Eesti_Ajutise_Maavalitsuse_haridusosakond, lk 57
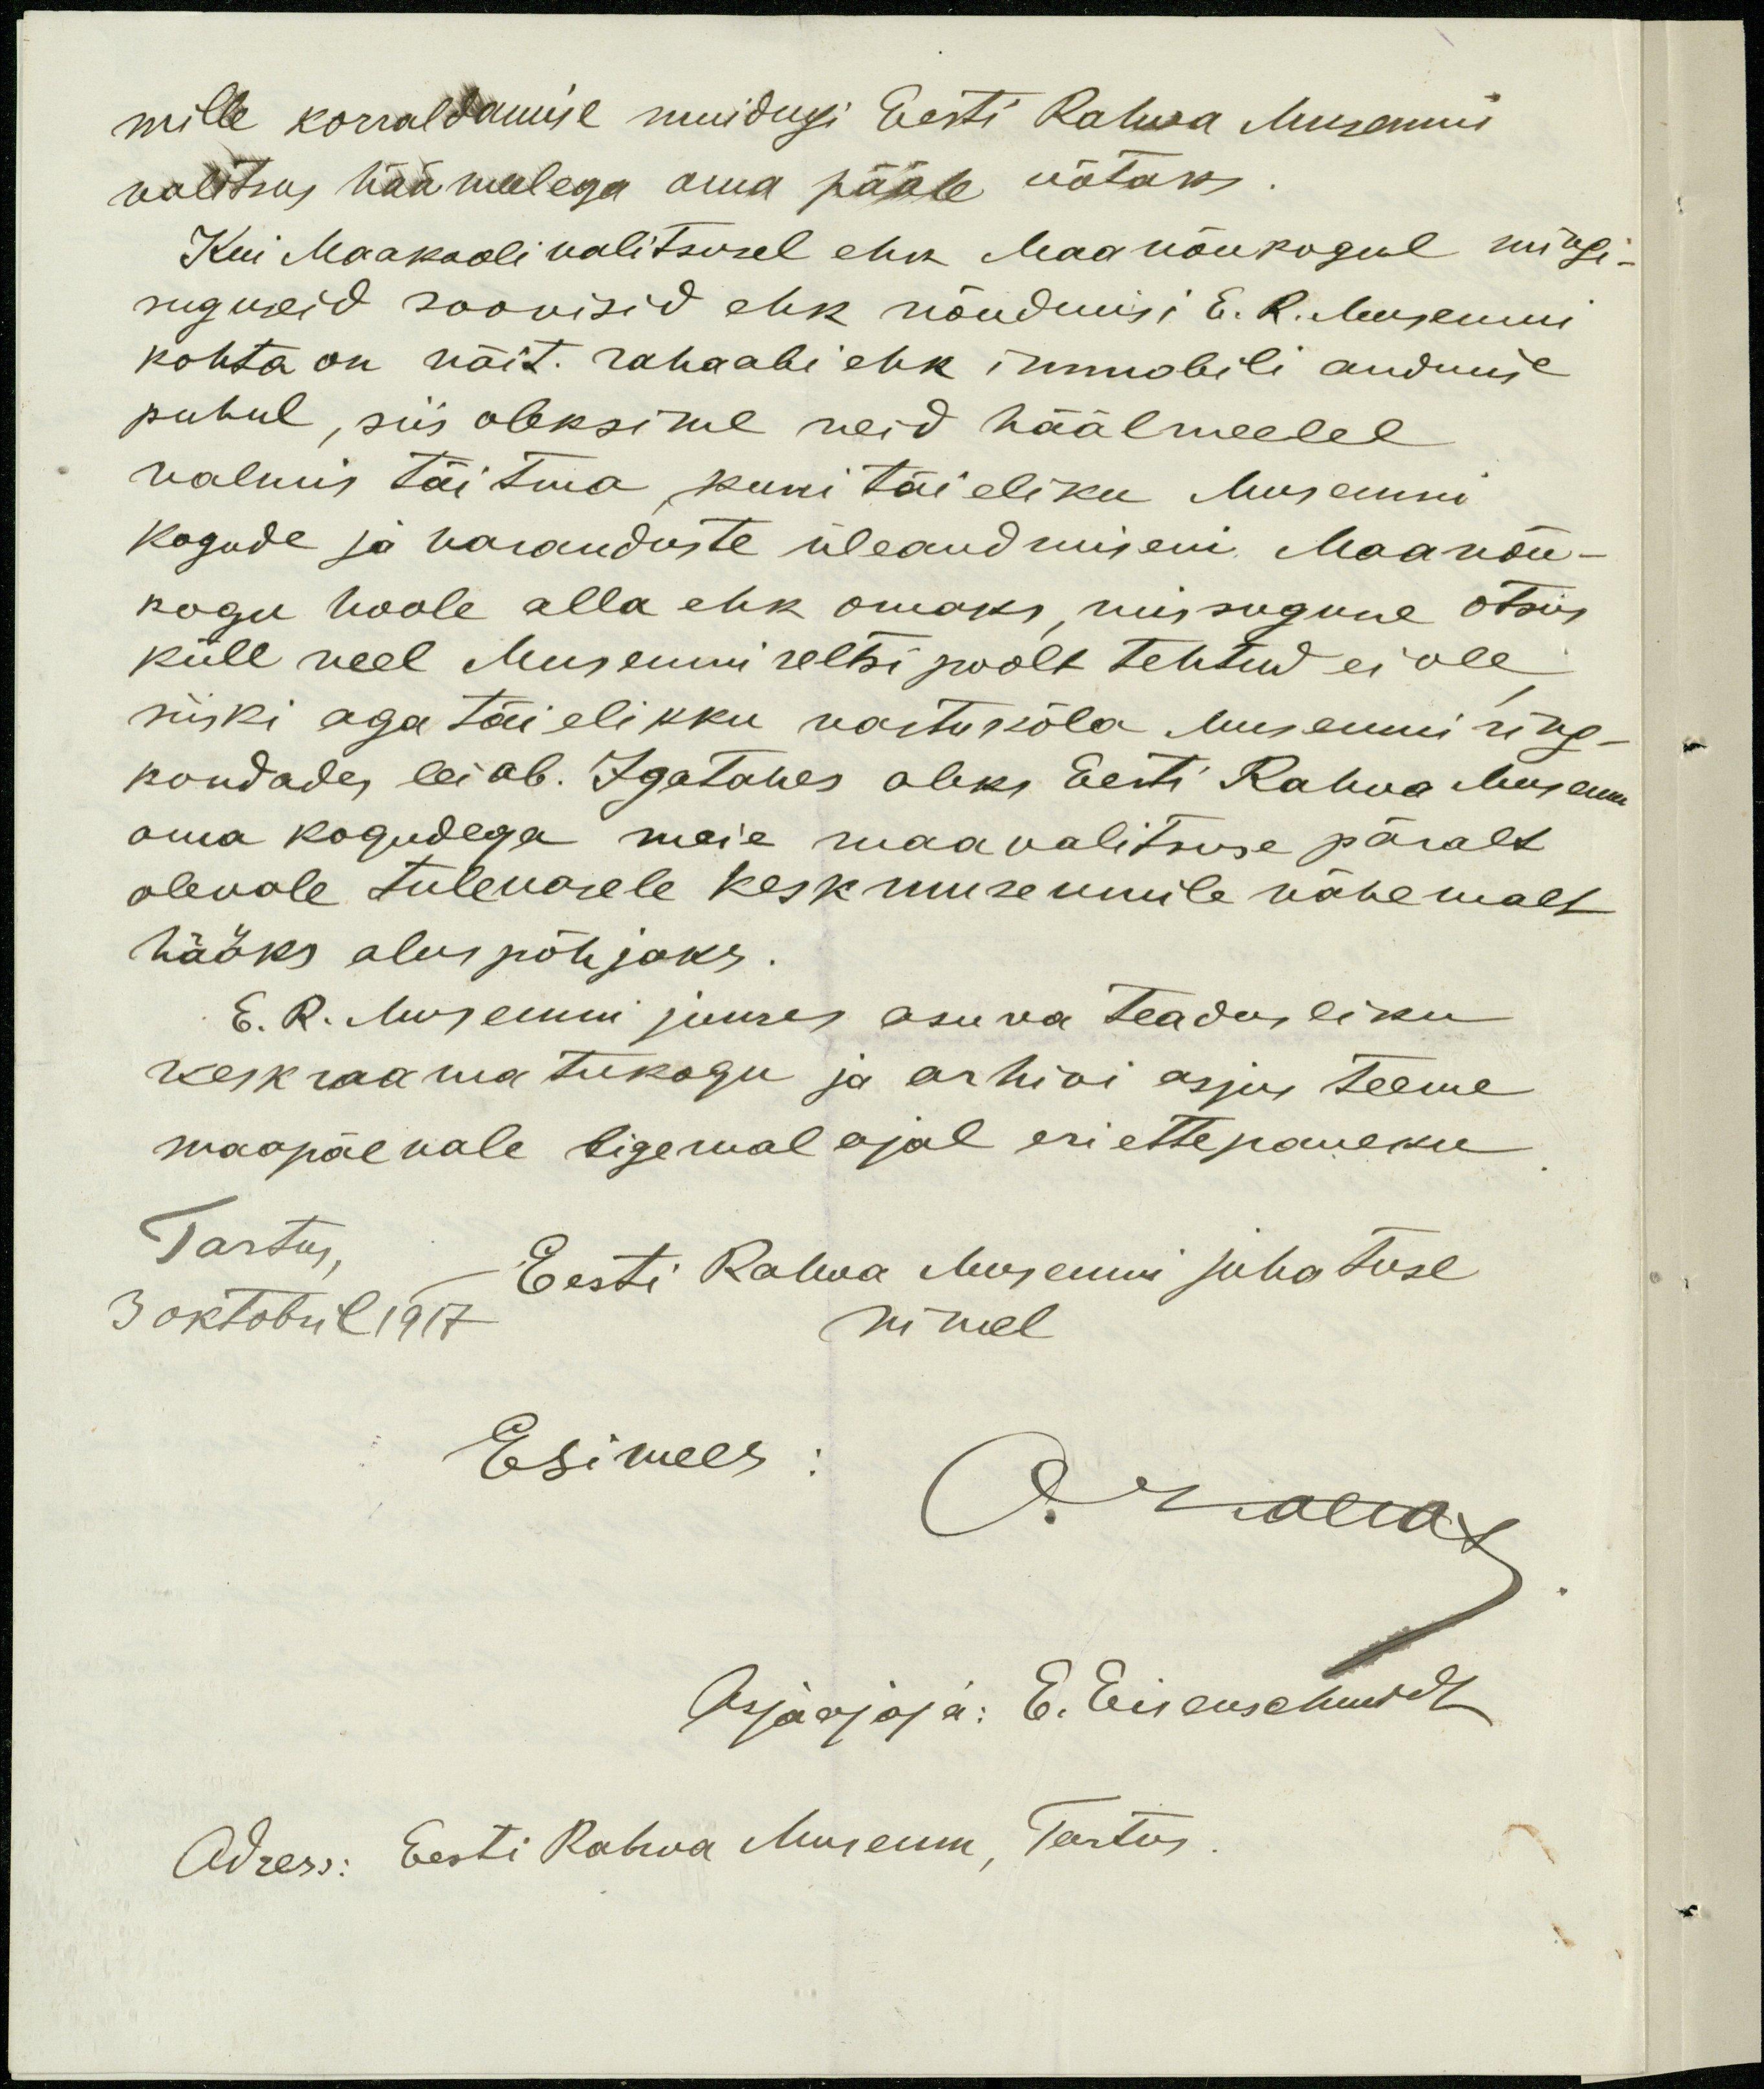
mille korraldamise muidugi Eesti Rahva Museumi
valitsus häämeelega oma pääle võtaks
Kui Maakoolivalitsusel ehk Maanõukogul mingi-
suguseid soovisid ehk nõudmisi E. R. Museumi
kohta on näit. rahaabi ehk immobili andmise
puhul, siis oleksime neid häälmeelel
valmis täitma kuni täieliku Museumi
kogude ja varanduste üleandmiseni Maanõu-
kogu hoole alla ehk omaks, missugune otsis
küll veel Museumi seltsi poolt tehtud ei ole
siiski aga täielikku vastukõla Museumi ring-
kondades leiab. Igatahes oleks Eesti Rahva Museum
oma kogudega meie maavalitsuse päralt
olevale tulevasele keskmuseumile vähemalt
hääks aluspõhjaks.
E. R. Museumi juures asuva teadusliku
keskraamatukogu ja arhivi asjus teeme
maapäevale ligemal ajal eri ettepaneku
Tartus,
Eesti Rahva Museumi juhatuse
3 oktobril 1917
nimel
Esimees:
OKallas
Asjaajaja: E. Eisenschmidt
Adress: Eesti Rahva Museum, Tartus.